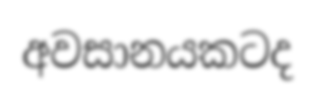
අවසානයකටද